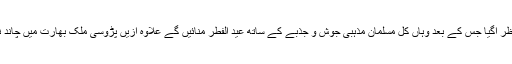
خلیجی ممالک، انڈونیشیاء ، جاپان، امریکا سمیت مختلف ممالک میں شوال کا چاند نظر آگیا جس کے بعد وہاں کل مسلمان مذہبی جوش و جذبے کے ساتھ عید الفطر منائیں گے علاوہ ازیں پڑوسی ملک بھارت میں چاند نظر نہ آنے کا اعلان کردیا گیا جس کے بعد وہاں عید 16 جون کو منائی جائے گی۔